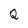
Character: Q